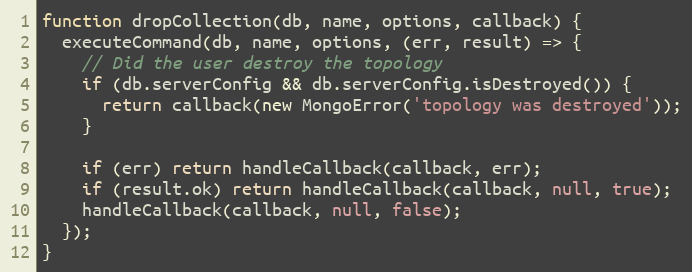
Language: JavaScript
function dropCollection(db, name, options, callback) {
  executeCommand(db, name, options, (err, result) => {
    // Did the user destroy the topology
    if (db.serverConfig && db.serverConfig.isDestroyed()) {
      return callback(new MongoError('topology was destroyed'));
    }

    if (err) return handleCallback(callback, err);
    if (result.ok) return handleCallback(callback, null, true);
    handleCallback(callback, null, false);
  });
}